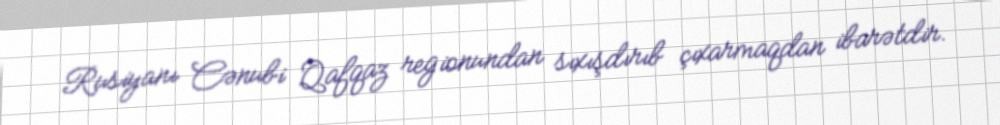
Rusiyanı Cənubi Qafqaz regionundan sıxışdırıb çıxarmaqdan ibarətdir.